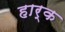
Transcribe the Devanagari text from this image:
हार्क